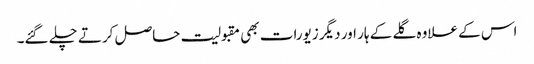
اس کے علاوہ گلے کے ہار اور دیگر زیورات بھی مقبولیت حاصل کرتے چلے گئے۔